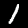
Label: 1